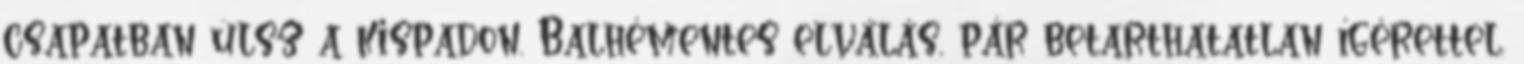
csapatban ülsz a kispadon. Balhémentes elválás, pár betarthatatlan ígérettel.